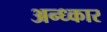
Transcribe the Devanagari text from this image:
अन्ध्कार